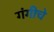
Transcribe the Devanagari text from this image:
गंगीचे